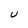
Character: U